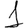
Digit: 1